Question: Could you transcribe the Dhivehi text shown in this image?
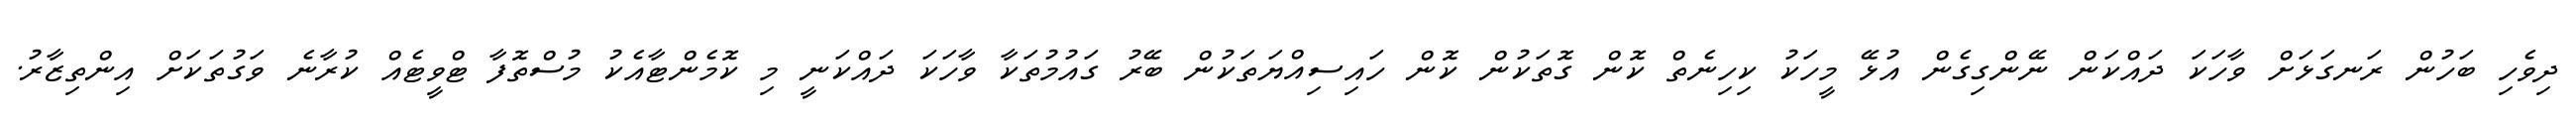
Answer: ދިވެހި ބަހުން ރަނގަޅަށް ވާހަކަ ދައްކަން ނޭންގިގެން އުޅޭ މީހަކު ކިހިނެތް ކޮން ގޮތަކުން ކޮން ހައިސިއްޔަތަކުން ބޭރު ގައުމުތަކާ ވާހަކަ ދައްކަނީ މި ކޮމެންޓާއެކު މުސްތޮފާ ޓްވީޓެއް ކުރާނެ ވަގުތަކަށް އިންތިޒާރު.